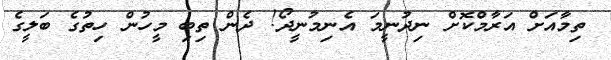
ތިމާއަށް އަރާމްކޮށް ނިދުނީމަ އެނިމުނީދޯ! ދެން ތިބި މީހުން ހިތުގެ ބަލީގެ